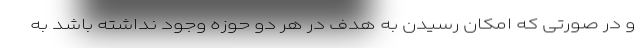
و در صورتی که امکان رسیدن به هدف در هر دو حوزه وجود نداشته باشد به